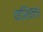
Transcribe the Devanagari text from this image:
वसिता